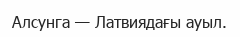
Алсунга — Латвиядағы ауыл.